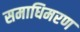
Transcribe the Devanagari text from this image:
समाधिमरण